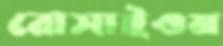
রোসাইওম